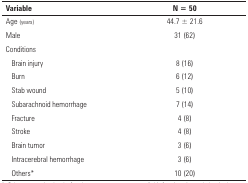
| Variable | N = 50 |
 | --- | --- |
 | Age (years) | 44.7 ± 21.6 |
 | Male | 31 (62) |
 | Conditions |  |
 | Brain injury | 8 (16) |
 | Burn | 6 (12) |
 | Stab wound | 5 (10) |
 | Subarachnoid hemorrhage | 7 (14) |
 | Fracture | 4 (8) |
 | Stroke | 4 (8) |
 | Brain tumor | 3 (6) |
 | Intracerebral hemorrhage | 3 (6) |
 | Others* | 10 (20) |